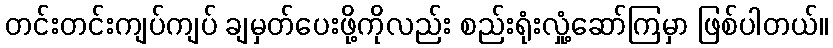
တင်းတင်းကျပ်ကျပ် ချမှတ်ပေးဖို့ကိုလည်း စည်းရုံးလှုံ့ဆော်ကြမှာ ဖြစ်ပါတယ်။